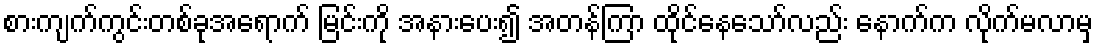
စားကျက်ကွင်းတစ်ခုအရောက် မြင်းကို အနားပေး၍ အတန်ကြာ ထိုင်နေသော်လည်း နောက်က လိုက်မလာမှ